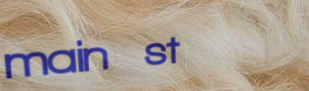
main st